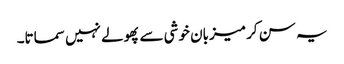
یہ سن کر میزبان خوشی سے پھولے نہیں سماتا۔